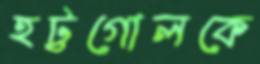
হট্টগোলকে